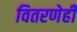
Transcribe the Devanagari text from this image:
वितरणेही